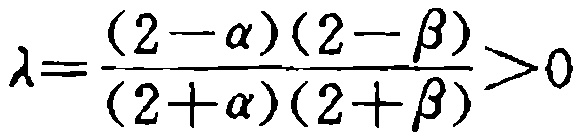
\(\lambda=\frac{(2 - \alpha)(2 - \beta)}{(2 + \alpha)(2 + \beta)}>0\)